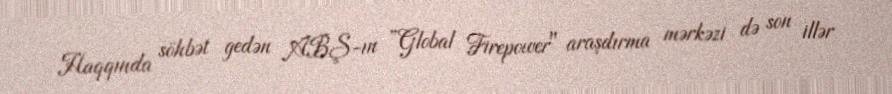
Haqqında söhbət gedən ABŞ-ın ”Global Firepower" araşdırma mərkəzi də son illər